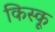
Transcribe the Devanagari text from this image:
किस्‍कू